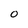
Character: O